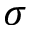
\sigma